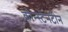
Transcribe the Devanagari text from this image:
कौन्स्टेनटीन